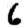
Digit: 6